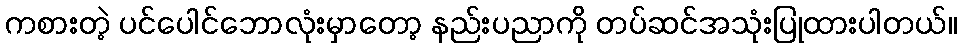
ကစားတဲ့ ပင်ပေါင်ဘောလုံးမှာတော့ နည်းပညာကို တပ်ဆင်အသုံးပြုထားပါတယ်။